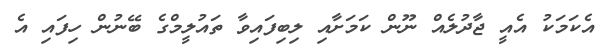
އެކަމަކު އެއީ ޖާދުލެއް ނޫން ކަމަށާއި ލިބިފައިވާ ތައުލީމްގެ ބޭނުން ހިފައި އެ